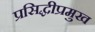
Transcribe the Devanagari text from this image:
प्रसिद्धीप्रमुख